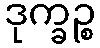
ဒုက္ခဉ္စ